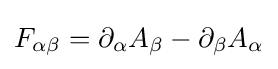
F_{\alpha \beta }=\partial _{\alpha }A_{\beta }-\partial _{\beta }A_{\alpha }